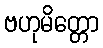
ဗဟုမိတ္တော